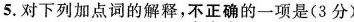
5.对下列加点词的解释，不正确的一项是(3分)